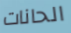
الحانات